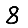
Digit: 8